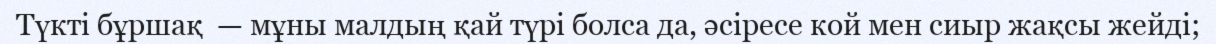
Түкті бұршақ  — мұны малдың қай түрі болса да, әсіресе кой мен сиыр жақсы жейді;